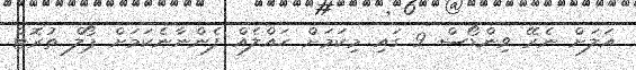
އަލަށް ނެރޭ ވިންޑޯސް 9 ގައި މިކަމަށް ހައްލެއް ފެންނާނެކަމަށް ޕޯލް ތުރޮޓް